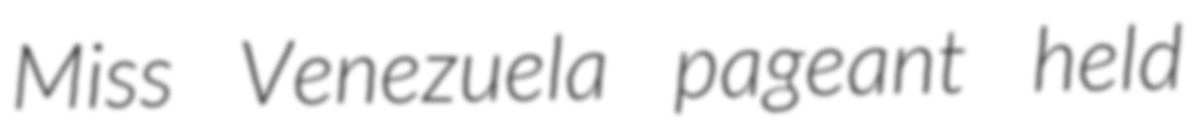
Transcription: Miss Venezuela pageant held